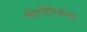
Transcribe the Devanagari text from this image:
चीचीमेकास